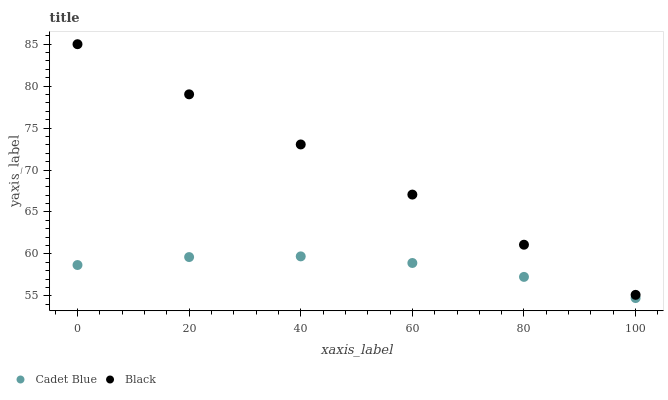
| xaxis_label | Cadet Blue | Black |
 | --- | --- | --- |
 | 0 | 58.7 | 85 |
 | 20 | 59.6 | 79 |
 | 40 | 59.7 | 73 |
 | 60 | 58.9 | 67.1 |
 | 80 | 57.3 | 61.1 |
 | 100 | 54.7 | 55.1 |